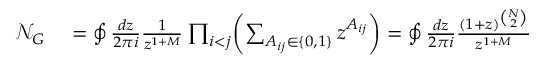
\begin{array} { r l } { \mathcal { N } _ { G } } & { { } = \oint \frac { d z } { 2 \pi i } \frac { 1 } { z ^ { 1 + M } } \prod _ { i < j } \biggl ( \sum _ { A _ { i j } \in \{ 0 , 1 \} } z ^ { A _ { i j } } \biggr ) = \oint \frac { d z } { 2 \pi i } \frac { ( 1 + z ) ^ { \binom { N } { 2 } } } { z ^ { 1 + M } } } \end{array}